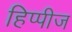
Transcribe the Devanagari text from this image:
हिप्पीज